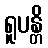
ရူပန္တိ